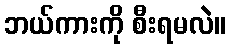
ဘယ်ကားကို စီးရမလဲ။